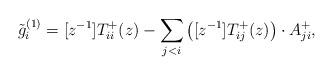
LaTeX: \begin{align*} \tilde{g}^{(1)}_i=[z^{-1}]T^+_{ii}(z)-\sum_{j<i} \left([z^{-1}]T^+_{ij}(z)\right)\cdot A^+_{ji},\end{align*}